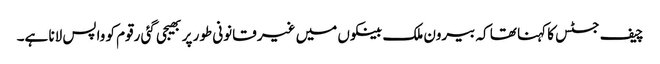
چیف جسٹس کا کہنا تھا کہ بیرون ملک بینکوں میں غیر قانونی طور پر بھیجی گئی رقوم کو واپس لانا ہے۔